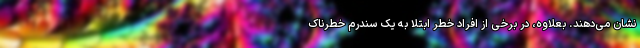
نشان می‌دهند. بعلاوه، در برخی از افراد خطر ابتلا به یک سندرم خطرناک